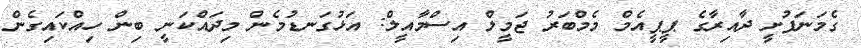
ގެމަނަފުށީ ދާއިރާގެ ޕީޕީއެމް މެމްބަރު ޖަމީލް އިސްމާއީލް: އަޅުގަނޑުމެން މިދައްކަނީ ބިން ހިއްކައިގެން